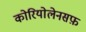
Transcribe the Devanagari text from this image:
कोरियोलेनसफ़